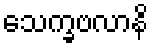
သေက္ခဗလာနိ